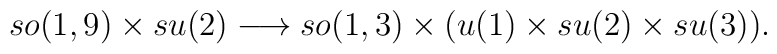
so(1,9) \times su(2) \longrightarrow so(1,3) \times (u(1) \times su(2) \times su(3)).